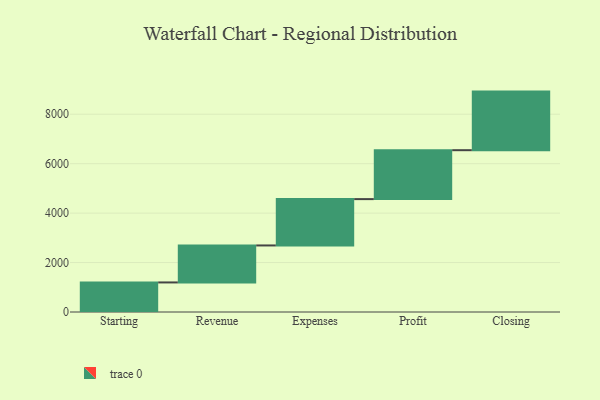
{"axis": {"x": "Step", "y": "Value"}, "legend": [""], "data": [{"x": "Starting", "y": 1196.0, "type": ""}, {"x": "Revenue", "y": 1496.0, "type": ""}, {"x": "Expenses", "y": 1875.0, "type": ""}, {"x": "Profit", "y": 1979.0, "type": ""}, {"x": "Closing", "y": 2370.0, "type": ""}]}